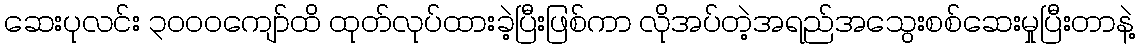
ဆေးပုလင်း ၃၀၀၀ကျော်ထိ ထုတ်လုပ်ထားခဲ့ပြီးဖြစ်ကာ လိုအပ်တဲ့အရည်အသွေးစစ်ဆေးမှုပြီးတာနဲ့